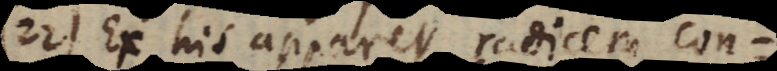
22) Ex his apparet radicem